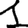
Digit: 1